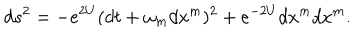
d s ^ { 2 } = - e ^ { 2 U } ( d t + \omega _ { m } d x ^ { m } ) ^ { 2 } + e ^ { - 2 U } d x ^ { m } d x ^ { m } .